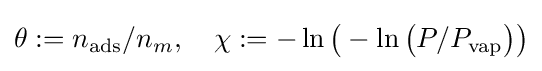
\theta :=n_{\text{ads}}/n_{m},\quad \chi :=-\ln {\bigl (}-\ln {\bigl (}P/P_{\text{vap}}{\bigr )}{\bigr )}